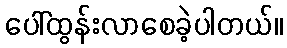
ပေါ်ထွန်းလာစေခဲ့ပါတယ်။